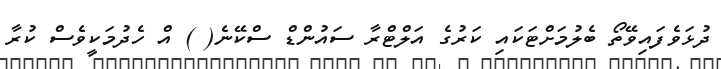
ދުޅަވެފައިވޭތޯ ބެލުމަށްޓަކައި ކަރުގެ އަލްޓްރާ ސައުންޑް ސްކޭނެ( ) އް ހެދުމަކީވެސް ކުރާ